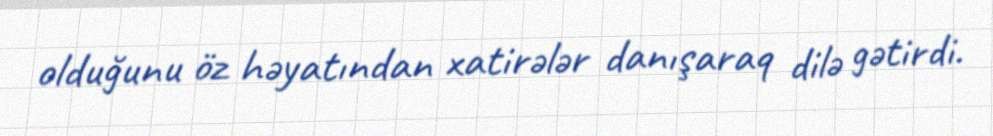
olduğunu öz həyatından xatirələr danışaraq dilə gətirdi.